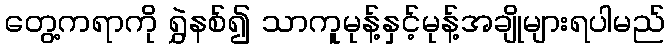
တွေ့ကရာကို ရွှဲနစ်၍ သာကူမုန့်နှင့်မုန့်အချိုများရပါမည်